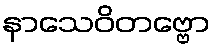
နာသေဝိတဗ္ဗော